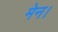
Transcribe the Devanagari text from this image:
मेन।